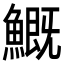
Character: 𩺺